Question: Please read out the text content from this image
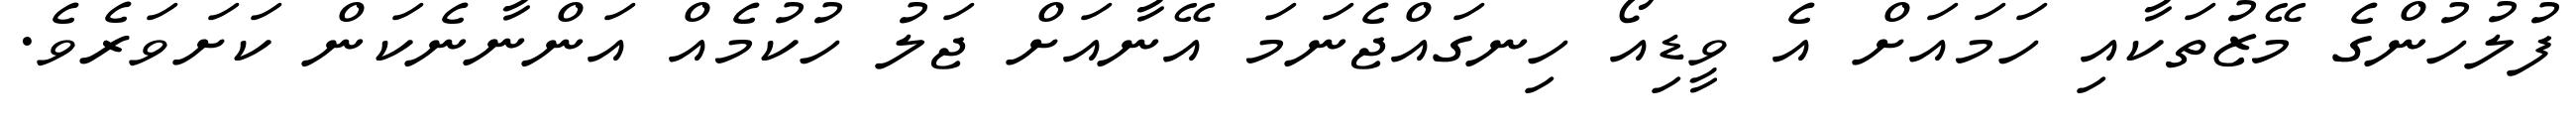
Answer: ފުލުހުންގެ މޭޒުތަކާއި ހަމައަށް އެ ވީޑިއޯ ހިނގައްޖެނަމަ އޭނާއަށް ޖަލު ހުކުމެއް އަންނާނެކަން ކަށަވަރެވެ.